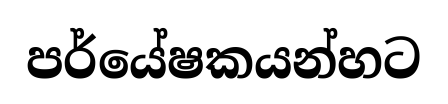
පර්යේෂකයන්හට